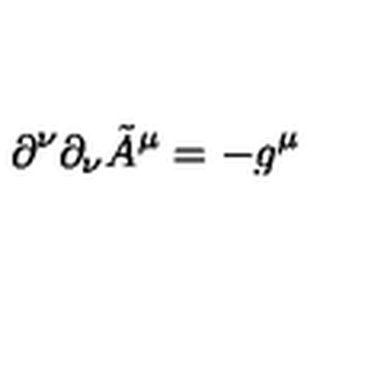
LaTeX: \partial ^ { \nu } \partial _ { \nu } \tilde { A } ^ { \mu } = - g ^ { \mu }